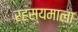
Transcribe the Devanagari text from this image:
रहस्यमाला